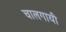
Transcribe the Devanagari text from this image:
चालगायी